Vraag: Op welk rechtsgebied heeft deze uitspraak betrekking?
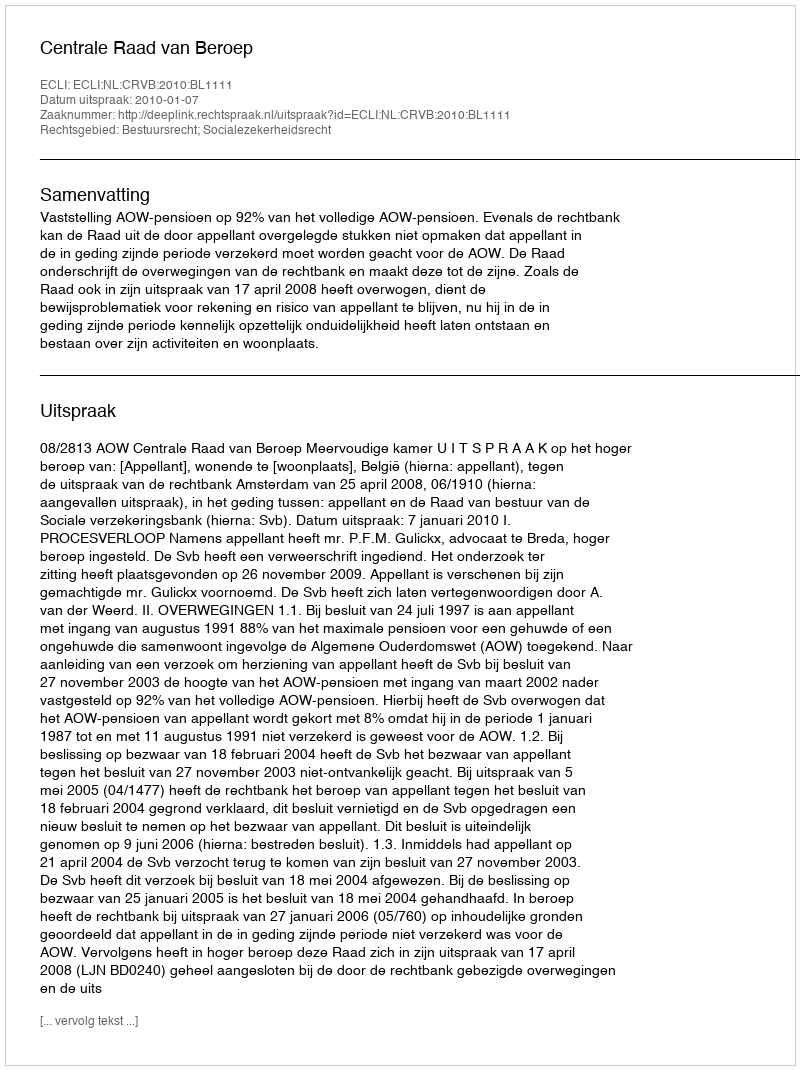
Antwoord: Bestuursrecht; Socialezekerheidsrecht